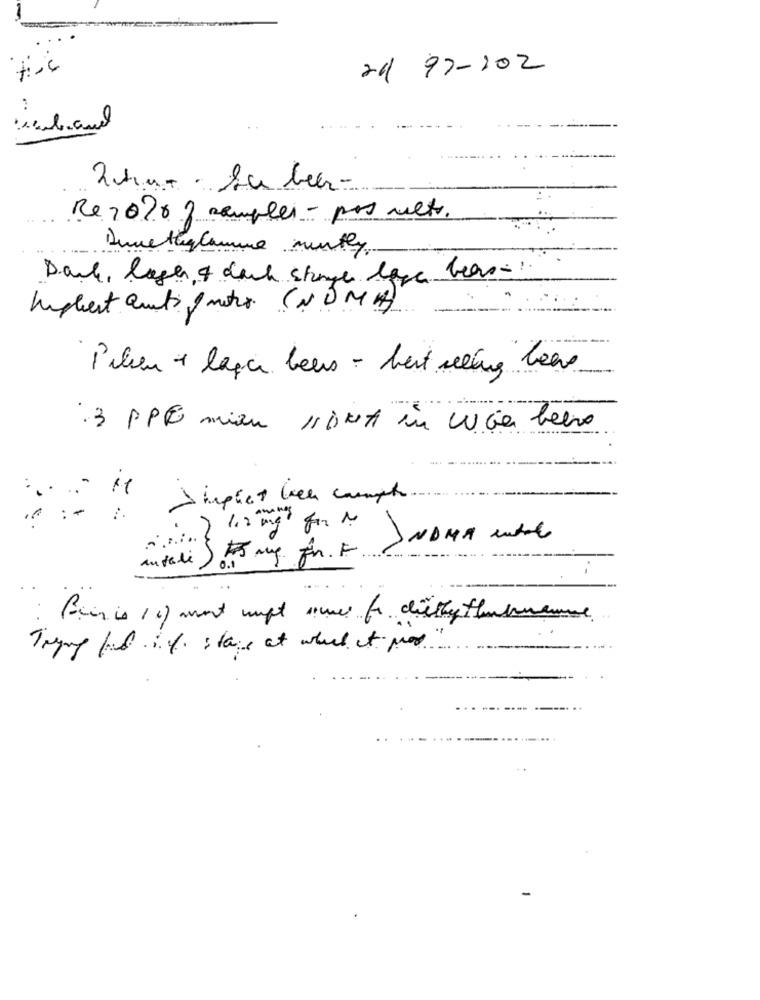
-
21/ 97-202
2hun . La beer-
Re 2020 2 samples - pos mets.
Danke, lage, & dach stage lage bers:
Impliest anti mater (NOM )
Pilen + lage bens - best seling beer
3 PPE miau 11 but in cuier beere
it
Simpliet bien compte .
: -
1.2 mg for 1
INDMA care
my fr. F.
Antali ) 0.
Trymy bb il. ; tags at what it por.